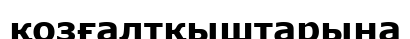
қозғалтқыштарына